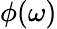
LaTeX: \phi(\omega)